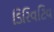
ડિરિવટિવ